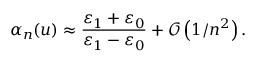
\alpha _ { n } ( u ) \approx \frac { \varepsilon _ { 1 } + \varepsilon _ { 0 } } { \varepsilon _ { 1 } - \varepsilon _ { 0 } } + \mathcal { O } \left( 1 / n ^ { 2 } \right) .